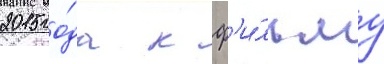
2015 го́да к ф'и́льму